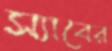
স্যাবের